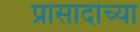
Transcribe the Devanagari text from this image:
प्रासादांच्या